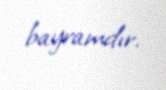
bayramdır.